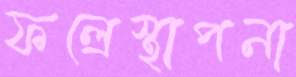
ফল্রেস্থাপনা